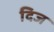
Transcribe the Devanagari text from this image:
दिज